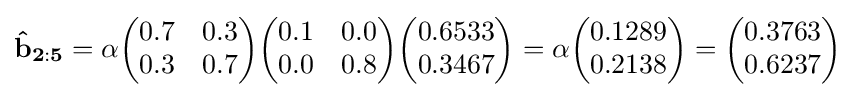
\mathbf {{\hat {b}}_{2:5}} =\alpha {\begin{pmatrix}0.7&0.3\\0.3&0.7\end{pmatrix}}{\begin{pmatrix}0.1&0.0\\0.0&0.8\end{pmatrix}}{\begin{pmatrix}0.6533\\0.3467\end{pmatrix}}=\alpha {\begin{pmatrix}0.1289\\0.2138\end{pmatrix}}={\begin{pmatrix}0.3763\\0.6237\end{pmatrix}}